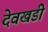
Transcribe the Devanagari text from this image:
देवखडी